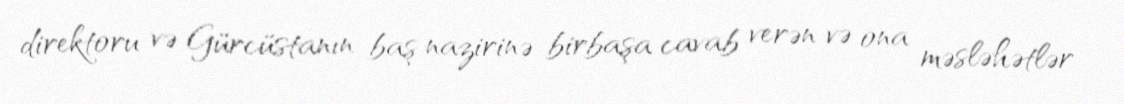
direktoru və Gürcüstanın baş nazirinə birbaşa cavab verən və ona məsləhətlər